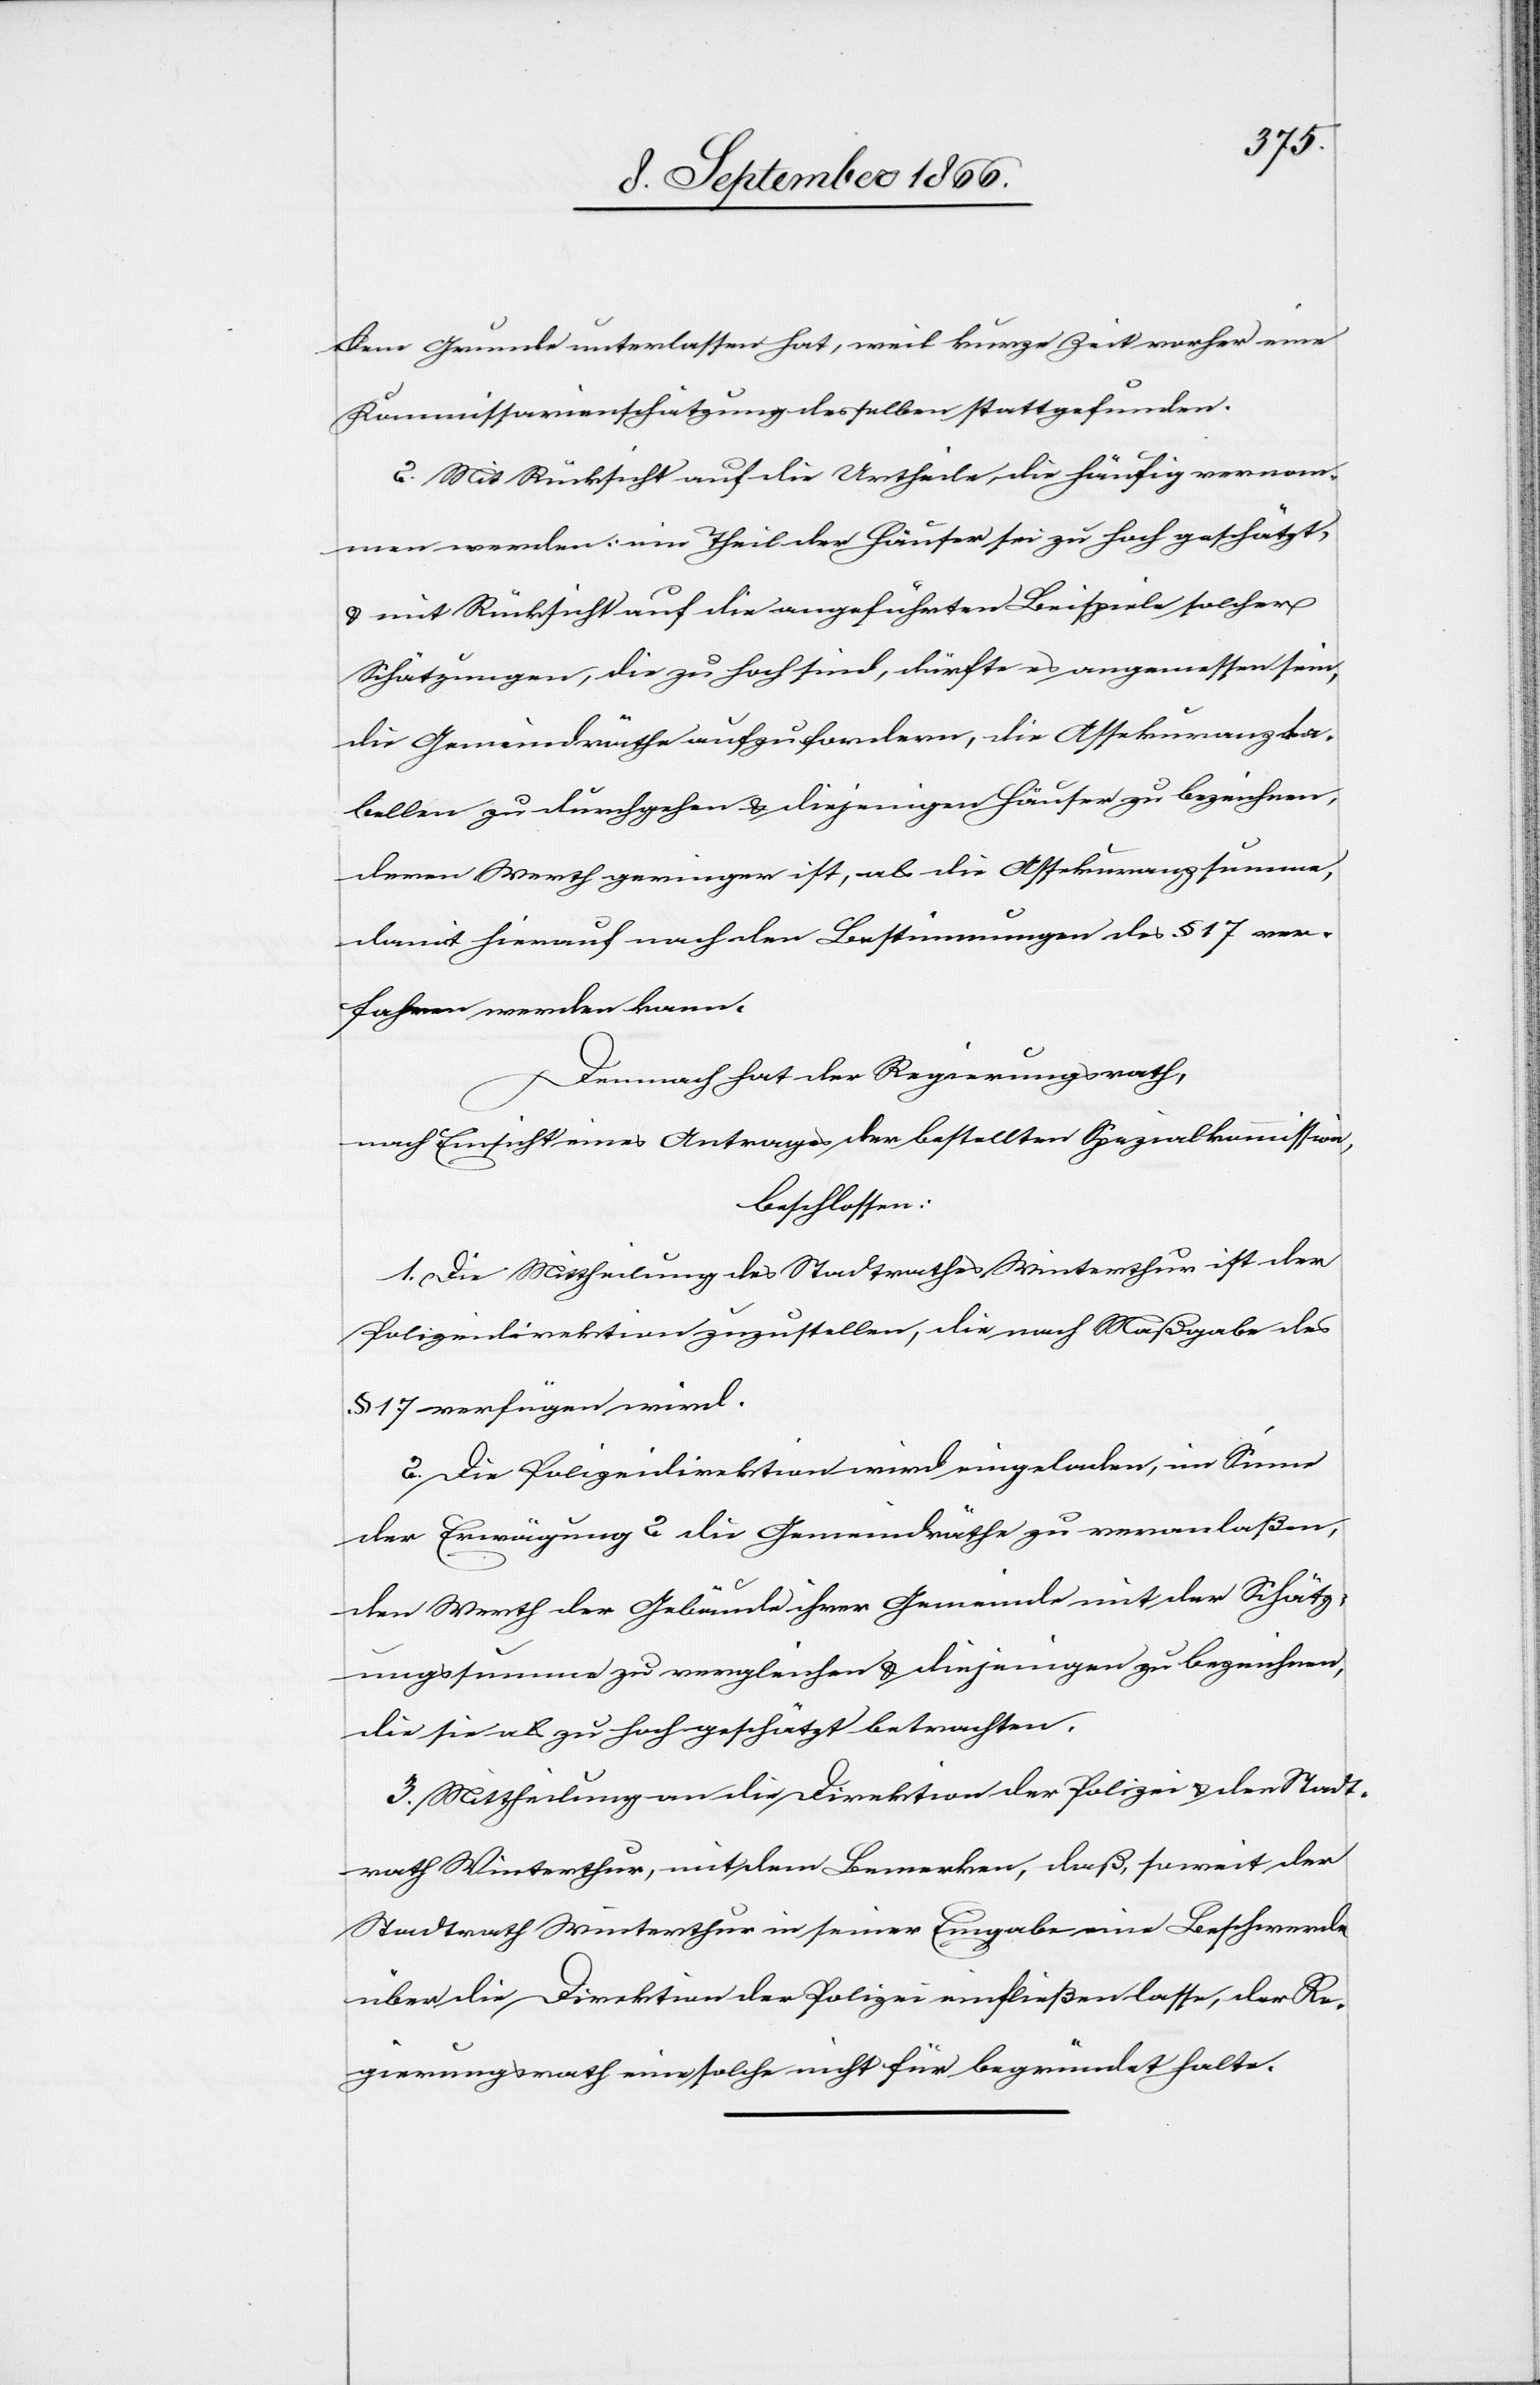
dem Grunde unterlassen hat, weil kurze Zeit vorher eine
Kommissarienschätzung desselben stattgefunden.
2. Mit Rücksicht auf die Urtheile, die häufig vernom¬
men werden: ein Theil der Häuser sei zu hoch geschätzt
u. mit Rücksicht auf die angeführten Beispiele solcher
Schätzungen, die zu hoch sind, dürfte es angemessen sein,
die Gemeindräthe aufzufordern, die Assekuranzta¬
bellen zu durchgehen u. diejenigen Häuser zu bezeichnen,
deren Werth geringer ist, als die Assekuranzsumme,
damit hierauf nach den Bestimmungen des § 17 ver¬
fahren werden kann.
Demnach hat der Regierungsrath,
nach Einsicht eines Antrages der bestellten Spezialkommission,
beschlossen:
1. Die Mittheilung des Stadtrathes Winterthur ist der
Polizeidirektion zuzustellen, die nach Maßgabe des
§ 17 verfügen wird.
2. Die Polizeidirektion wird eingeladen, im Sinne
der Erwägung 2 die Gemeindräthe zu veranlaßen,
den Werth der Gebäude ihrer Gemeinde mit der Schätz¬
ungssumme zu vergleichen u. diejenigen zu bezeichnen,
die sie als zu hoch geschätzt betrachten.
3. Mittheilung an die Direktion der Polizei u. den Stadt¬
rath Winterthur, mit dem Bemerken, daß, soweit der
Stadtrath Winterthur in seiner Eingabe eine Beschwerde
über die Direktion der Polizei einfließen lasse, der Re¬
gierungsrath eine solche nicht für begründet halte.